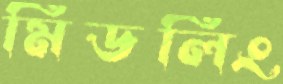
মিডলিং